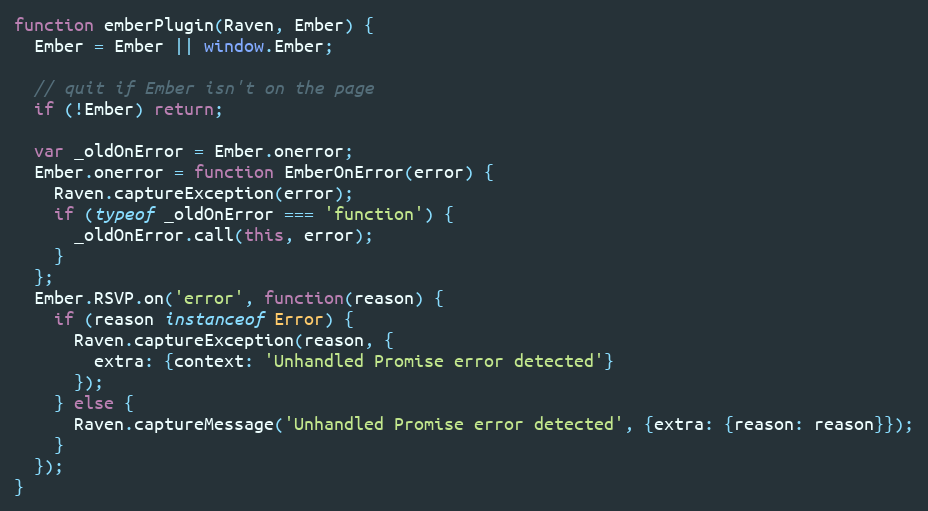
Language: JavaScript
function emberPlugin(Raven, Ember) {
  Ember = Ember || window.Ember;

  // quit if Ember isn't on the page
  if (!Ember) return;

  var _oldOnError = Ember.onerror;
  Ember.onerror = function EmberOnError(error) {
    Raven.captureException(error);
    if (typeof _oldOnError === 'function') {
      _oldOnError.call(this, error);
    }
  };
  Ember.RSVP.on('error', function(reason) {
    if (reason instanceof Error) {
      Raven.captureException(reason, {
        extra: {context: 'Unhandled Promise error detected'}
      });
    } else {
      Raven.captureMessage('Unhandled Promise error detected', {extra: {reason: reason}});
    }
  });
}